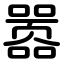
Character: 嚣